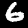
Label: 6